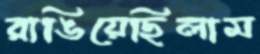
রাঙিয়েছিলাম